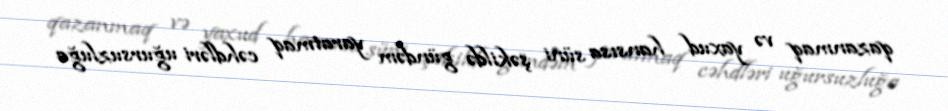
qazanmaq və yaxud hansısa süni şəkildə gündəm yaratmaq cəhdləri uğursuzluğa